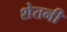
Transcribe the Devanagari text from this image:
शेतनी